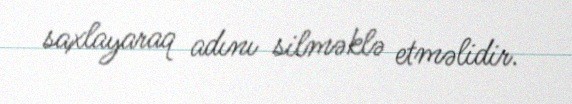
saxlayaraq adını silməklə etməlidir.